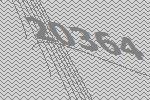
20364